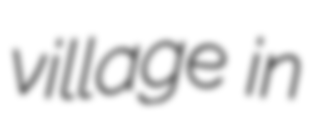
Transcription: village in